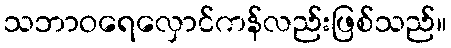
သဘာဝရေလှောင်ကန်လည်းဖြစ်သည်။